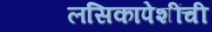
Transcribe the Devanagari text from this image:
लसिकापेशींची